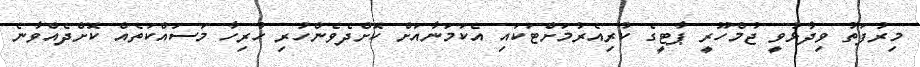
މިރުފަތު ވިދާޅުވީ ޖުމްހޫރީ ޕާޓީގެ ކުރިއެރުމަށްޓަކައި އެކަމަނާއަށް ކޮށްދެވެންހުރި ހުރިހާ މަސައްކަތެއް ކޮށްދެއްވާނެ